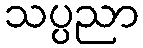
သပ္ပညာ